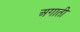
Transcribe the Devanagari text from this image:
अगाती